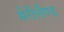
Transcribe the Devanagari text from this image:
मेरीलैण्ड